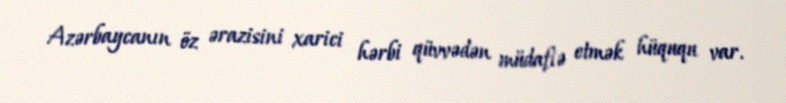
Azərbaycanın öz ərazisini xarici hərbi qüvvədən müdafiə etmək hüququ var.